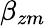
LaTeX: \beta_{zm}